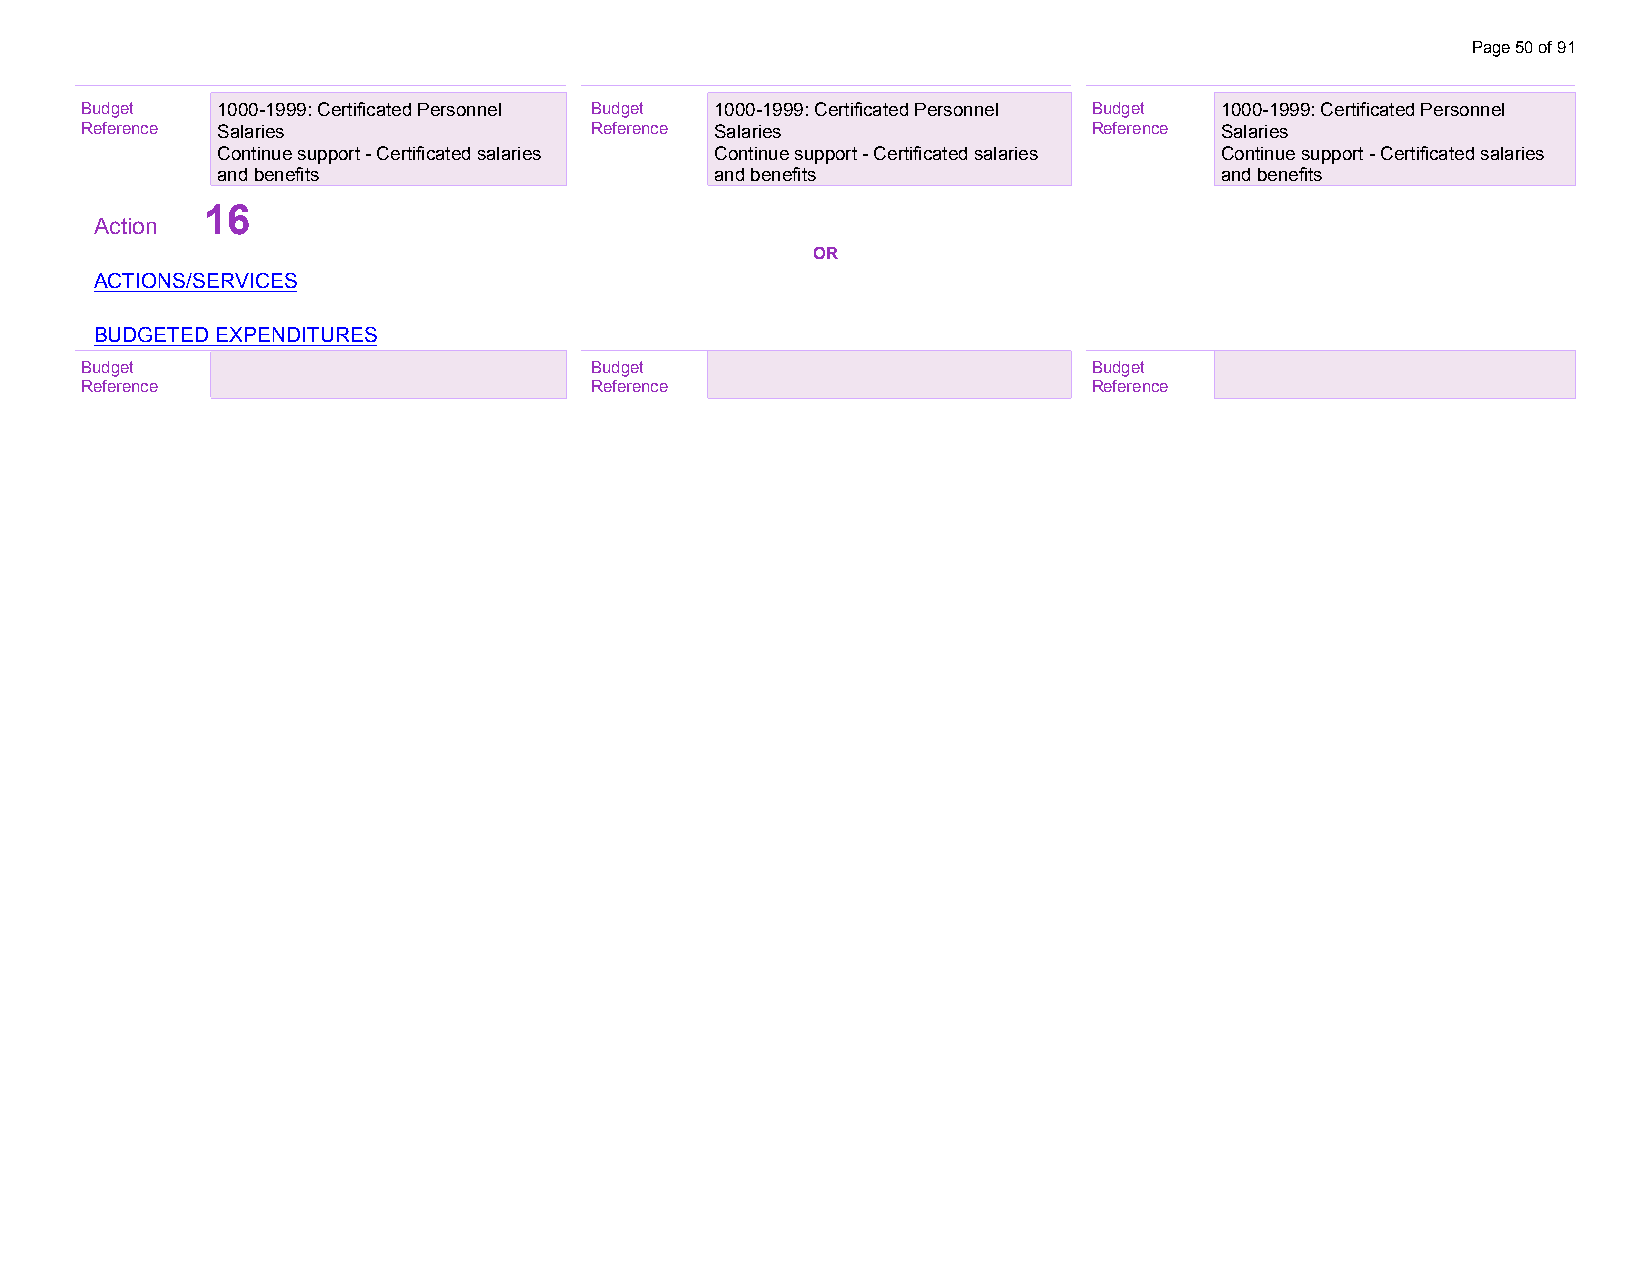
Page 50 of 91
 B u d get
 $ 19 03 0, 086 -10
 999: Certificated Personnel Budget 1000-1999: Certificated Personnel Budget 1000-1999: Certificated Personnel
 Reference Salaries                Reference Salaries               Reference Salaries
 Continue support - Certificated salaries Continue support - Certificated salaries Continue support - Certificated salaries
 and benefits                     and benefits                      and benefits
 16
 Action
 OR
 ACTIONS/SERVICES
 BUDGETED EXPENDITURES
 Budget                            Budget                           Budget
 Reference                         Reference                        Reference